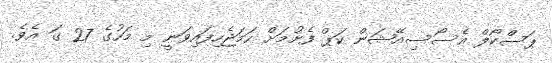
ޕަސްކޯލް އެސޯސިއޭޝަން ކަޕް ފެށުމަށް ހަމަޖެހިފައިވަނީ މި މަހުގެ 27 ގަ އެވެ.